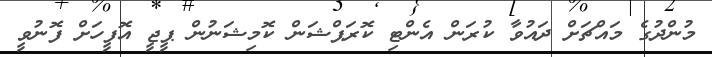
މުންދުގެ މައްޗަށް ދައުވާ ކުރަން އެންޓި ކޮރަޕްޝަން ކޮމިޝަނުން ޕީޖީ އޮފީހަށް ފޮނުވީ